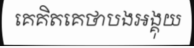
គេគិតគេថាបងអង្គុយ